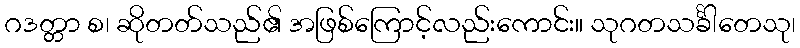
ဂဒတ္တာ စ၊ ဆိုတတ်သည်၏ အဖြစ်ကြောင့်လည်းကောင်း။ သုဂတသင်္ခါတေသု၊